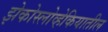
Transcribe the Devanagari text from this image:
झेकोस्लोव्हेकियातील